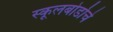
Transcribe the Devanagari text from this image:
स्कूलबोर्डाचे